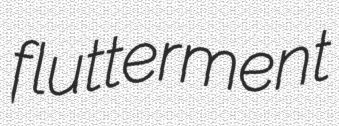
flutterment